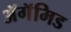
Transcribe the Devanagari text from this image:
ॲगॅमिड